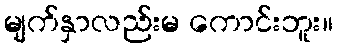
မျက်နှာလည်းမ ကောင်းဘူး။